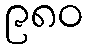
၉၈၀